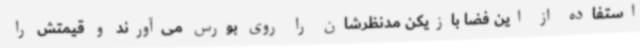
استفاده از این فضا بازیکن مدنظرشان را روی بورس می‌آورند و قیمتش را